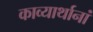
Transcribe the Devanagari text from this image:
काव्यार्थानां